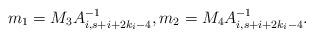
LaTeX: \begin{align*}m_1 = M_3 A^{-1}_{i,s+i+2k_{i}-4}, m_{2} = M_4 A^{-1}_{i,s+i+2k_{i}-4}.\end{align*}